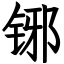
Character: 铘